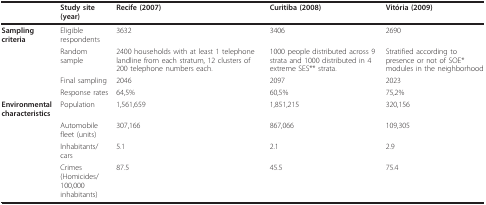
<table><thead><tr><td></td><td><b>Study site (year)</b></td><td><b>Recife (2007)</b></td><td><b>Curitiba (2008)</b></td><td><b>Vitória (2009)</b></td></tr></thead><tbody><tr><td><b>Sampling</b><b>criteria</b></td><td>Eligible respondents</td><td>3632</td><td>3406</td><td>2690</td></tr><tr><td></td><td>Random sample</td><td>2400 households with at least 1 telephone landline from each stratum, 12 clusters of 200 telephone numbers each.</td><td>1000 people distributed across 9 strata and 1000 distributed in 4 extreme SES** strata.</td><td>Stratified according to presence or not of SOE* modules in the neighborhood</td></tr><tr><td></td><td>Final sampling</td><td>2046</td><td>2097</td><td>2023</td></tr><tr><td></td><td>Response rates</td><td>64,5%</td><td>60,5%</td><td>75,2%</td></tr><tr><td><b>Environmental characteristics</b></td><td>Population</td><td>1,561,659</td><td>1,851,215</td><td>320,156</td></tr><tr><td></td><td>Automobile fleet (units)</td><td>307,166</td><td>867,066</td><td>109,305</td></tr><tr><td></td><td>Inhabitants/cars</td><td>5.1</td><td>2.1</td><td>2.9</td></tr><tr><td></td><td>Crimes (Homicides/100,000 inhabitants)</td><td>87.5</td><td>45.5</td><td>75.4</td></tr></tbody></table>